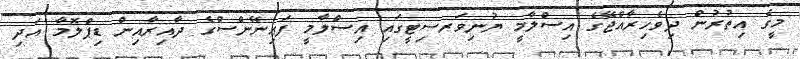
މީގެ އިތުރުން ދިވެހިރާއްޖޭގެ އިސްލާމީ ޔުނިވަރސިޓީގައި އިސްލާމީ ފައިނޭންސްގެ ދާއިރާއިން ޑިޕްލޮމާ އަދި